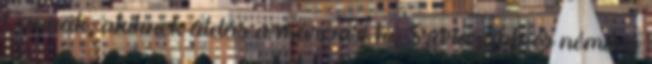
Vannak, akiknek áldás a márciusi hó Szárazabb és némileg